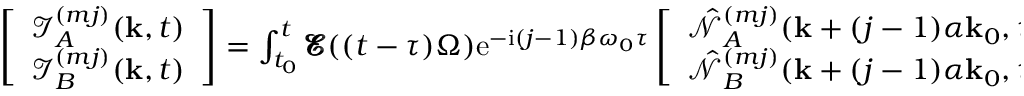
\begin{array} { r } { \left[ \begin{array} { c } { \mathcal { I } _ { A } ^ { ( m j ) } ( \mathbf { k } , t ) } \\ { \mathcal { I } _ { B } ^ { ( m j ) } ( \mathbf { k } , t ) } \end{array} \right] = \int _ { t _ { 0 } } ^ { t } \pmb { \mathcal { E } } ( ( t - \tau ) \Omega ) \mathrm { e } ^ { - \mathrm { i } ( j - 1 ) \beta \omega _ { 0 } \tau } \left[ \begin{array} { c } { \hat { \mathcal { N } } _ { A } ^ { ( m j ) } ( \mathbf { k } + ( j - 1 ) \alpha \mathbf { k } _ { 0 } , \tau ) } \\ { \hat { \mathcal { N } } _ { B } ^ { ( m j ) } ( \mathbf { k } + ( j - 1 ) \alpha \mathbf { k } _ { 0 } , \tau ) } \end{array} \right] \mathrm { d } \tau . } \end{array}